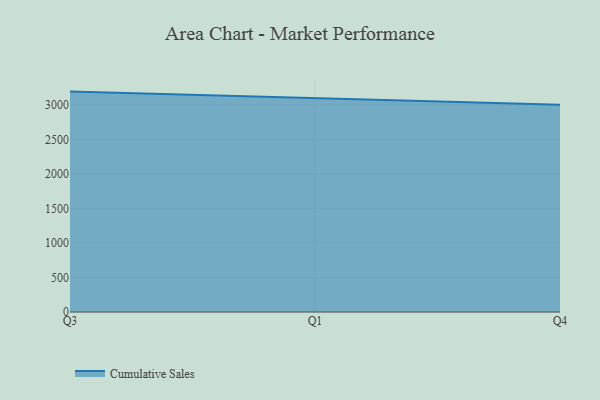
{"axis": {"x": "Quarter", "y": "Page Views"}, "legend": ["Cumulative Sales"], "data": [{"x": "Q3", "y": 3192.1, "type": "Cumulative Sales"}, {"x": "Q1", "y": 3097.1, "type": "Cumulative Sales"}, {"x": "Q4", "y": 3000.3, "type": "Cumulative Sales"}]}